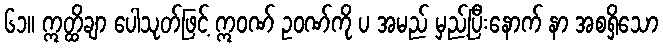
၆၁။ ဣတ္ထိချာ ပေါသုတ်ဖြင့် ဣဝဏ် ဥဝဏ်ကို ပ အမည် မှည့်ပြီးနောက် နာ အစရှိသော